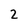
Character: 2